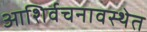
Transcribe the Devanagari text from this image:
आशिर्वचनावस्थेत